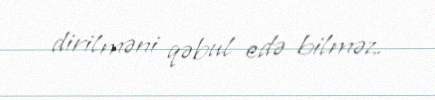
dirilməni qəbul edə bilməz.